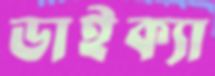
ডাইক্যা